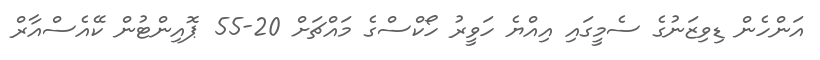
އަންހެން ޑިވިޒަނުގެ ސެމީގައި އިއްޔެ ހަވީރު ހޯކްސްގެ މައްޗަށް 20-55 ޕޮއިންޓުން ކޭއެސްއާރް